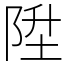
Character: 陞